Civil Veterinary Dept. North-West Frontier Province 1901-22 - 1901-1922
Year: 1901
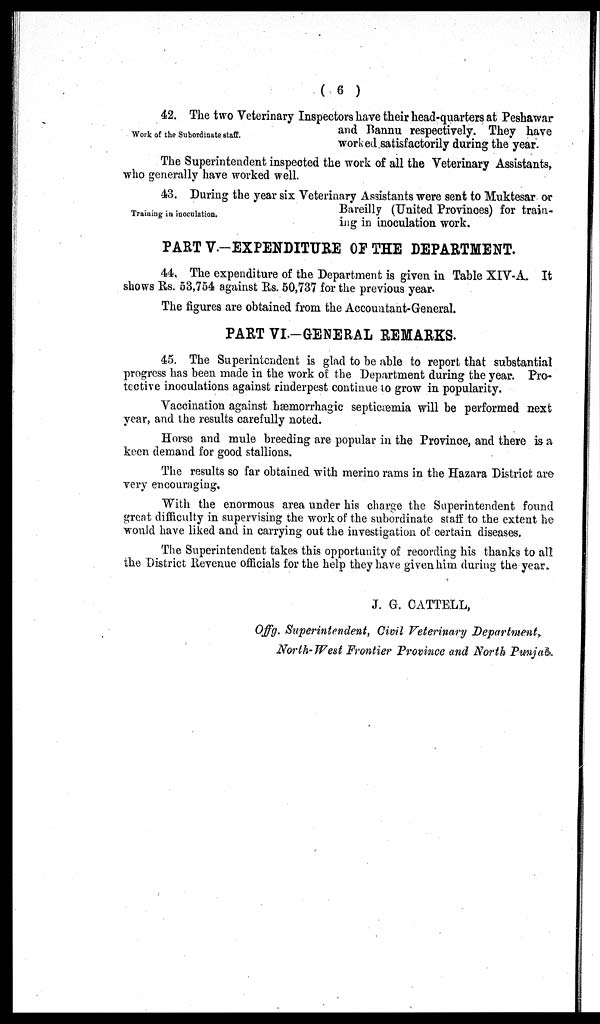
(6)
Work of the Subordinate staff.
42. The two Veterinary Inspectors have their head-quarters at Peshawar
and Bannu respectively. They have
worked satisfactorily during the year.
The Superintendent inspected the work of all the Veterinary Assistants,
who generally have worked well.
Training in inoculation.
43. During the year six Veterinary Assistants were sent to Muktesar or
Bareilly (United Provinces) for train-
ing in inoculation work.
PART V.—EXPENDITURE OF THE DEPARTMENT.
44. The expenditure of the Department is given in Table XIV-A. It
shows Rs. 53,754 against Rs. 50,737 for the previous year.
The figures are obtained from the Accountant-General.
PART VI.-GENERAL REMARKS.
45. The Superintendent is glad to be able to report that substantial
progress has been made in the work of the Department during the year. Pro-
tective inoculations against rinderpest continue to grow in popularity.
Vaccination against hæmorrhagic septicæmia will be performed next
year, and the results carefully noted.
Horse and mule breeding are popular in the Province, and there is a
keen demand for good stallions.
The results so far obtained with merino rams in the Hazara District are
very encouraging.
With the enormous area under his charge the Superintendent found
great difficulty in supervising the work of the subordinate staff to the extent he
would have liked and in carrying out the investigation of certain diseases.
The Superintendent takes this opportunity of recording his thanks to all
the District Revenue officials for the help they have given him during the year.
J. G. CATTELL,
Offg. Superintendent, Civil Veterinary Department,
North-West Frontier Province and North Punjab.